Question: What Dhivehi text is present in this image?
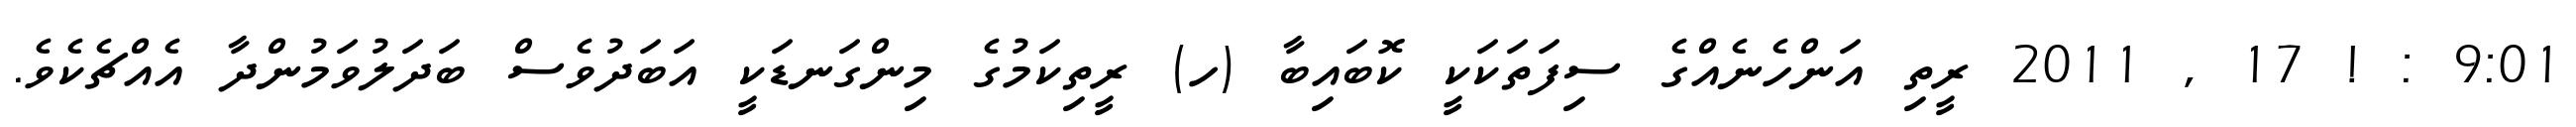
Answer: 9:01 : ! 17 , 2011 ރީތި އަންހެނެއްގެ ސިފަތަކަކީ ކޮބައިބާ (ހ) ރީތިކަމުގެ މިންގަނޑަކީ އަބަދުވެސް ބަދަލުވަމުންދާ އެއްޗެކެވެ.